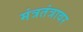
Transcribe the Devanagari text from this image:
मंत्रतंत्रावर